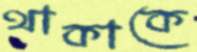
থাকাকে